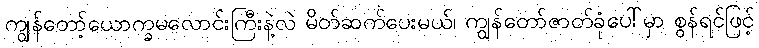
ကျွန်တော့်ယောက္ခမလောင်းကြီးနဲ့လဲ မိတ်ဆက်ပေးမယ်၊ ကျွန်တော်ဇာတ်ခုံပေါ်မှာ စွန်ရင်ဖြင့်